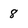
Character: 8